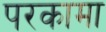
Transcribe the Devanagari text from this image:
परकामा